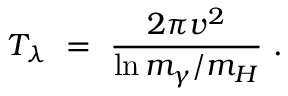
T _ { \lambda } \ = \ \frac { 2 \pi v ^ { 2 } } { \ln m _ { \gamma } / m _ { H } } \ .